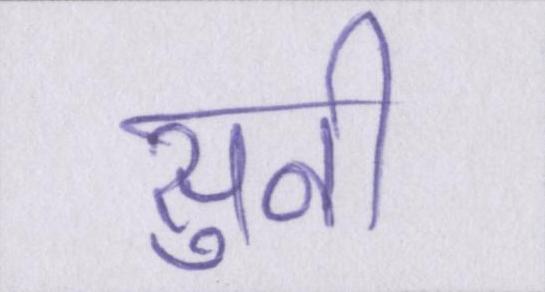
सुनी